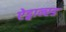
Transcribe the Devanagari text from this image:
ऐड्वान्स्ड